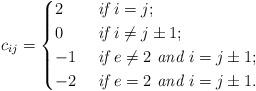
LaTeX: \begin{align*}c_{ij}=\begin{cases}2 &\textit{ if } i=j;\\0 &\textit{ if } i\neq j\pm 1;\\-1 & \textit{ if } e\neq 2\textit{ and } i=j\pm1;\\-2 & \textit{ if } e= 2\textit{ and } i=j\pm1.\end{cases}\end{align*}